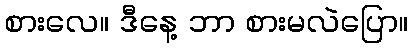
စားလေ။ ဒီနေ့ ဘာ စားမလဲပြော။